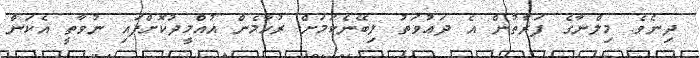
ދިނެވެ. މިލްނާގެ ފަރާތުން އެ ދަޢުވަތު ލިބޭނެކަމަށް ރުހާމެން އުއްމީދުކޮށްފައި ނުވާތީ އެކަން